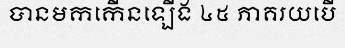
បានមកកើនឡើង ៤៥ ភាគរយបើ